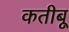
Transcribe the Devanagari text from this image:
कतीबू